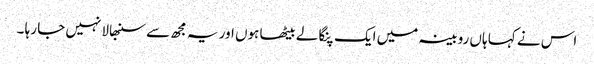
اس نے کہا ہاں روبینہ میں ایک پنگا لے بیٹھا ہوں اور یہ مجھ سے سنبھالا نہیں جا رہا ۔